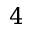
4